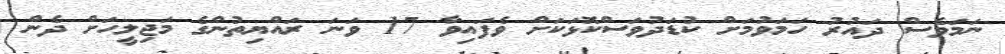
ނަމަވެސް ދައުރު ހަމަވުމަށް ކުޑަދުވަސްކޮޅަކަށް ވެފައިވާ 17 ވަނަ ރައްޔިތުންގެ މަޖިލީހަށް ދެން